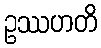
ဥဿဟတိ